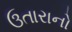
ઉતારાનો